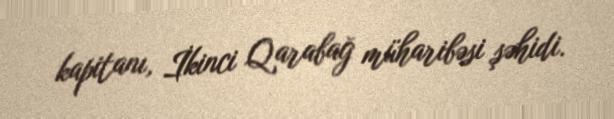
kapitanı, İkinci Qarabağ müharibəsi şəhidi.